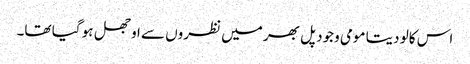
اس کالو دیتا مومی وجود پل بھر میں نظروں سے اوجھل ہو گیا تھا۔